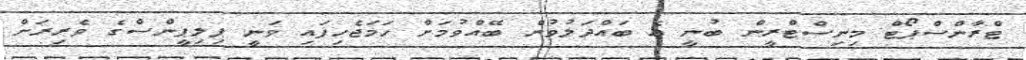
ޓްރާންސްޕޯޓް މިނިސްޓްރީން ބުނީ އެ ބައްދަލުވުން ބޭއްވުމަށް ހަމަޖެހިފައި ވަނީ ޕިލިޕީންސްގެ ވެރިރަށް